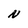
Character: N